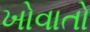
ખોવાતો